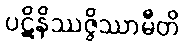
ပဋိနိဿဇ္ဇိဿာမီတိ